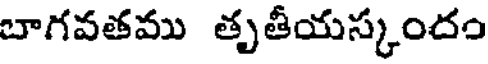
బాగవతము తృతీయస్కందం